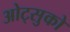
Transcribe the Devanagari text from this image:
ओट्सुको